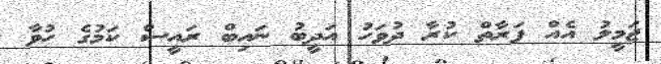
ޖަމީލު އެއް ފަރާތް ކުރާ ދުވަހު އަދީބު ނައިބް ރައީސް ކަމުގެ ހުވާ